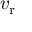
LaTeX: v _ { \mathrm { r } }